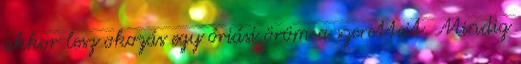
akkor lesz okozás egy óriási öröm a szeretteit. Mindig